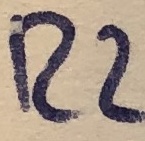
Text: R2